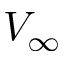
V _ { \infty }